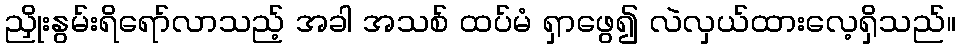
ညှိုးနွမ်းရိရော်လာသည့် အခါ အသစ် ထပ်မံ ရှာဖွေ၍ လဲလှယ်ထားလေ့ရှိသည်။